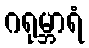
ဂရုမ္ဘာရံ